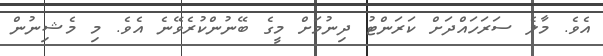
އެވެ. މާލެ ސަރަހައްދަށް ކަރަންޓު ދިނުމަށް މީގެ ބޭނުންކުރެވޭނެ އެވެ. މި މެޝިނުން